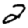
Digit: 2